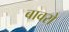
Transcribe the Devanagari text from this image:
बावरो